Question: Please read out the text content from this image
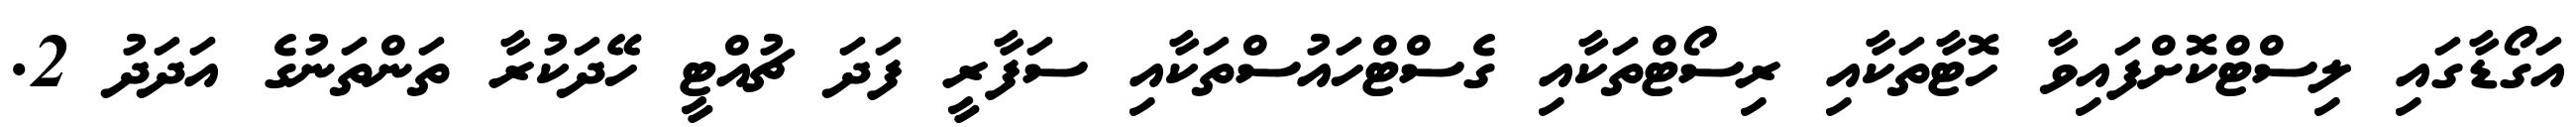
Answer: އަގޯޑާގައި ލިސްޓްކޮށްފައިވާ ހޮޓާތަކާއި ރިސޯޓްތަކާއި ގެސްޓްހައުސްތަކާއި ސަފާރީ ފަދަ ޗުއްޓީ ހޭދަކުރާ ތަންތަނުގެ އަދަދު 2.